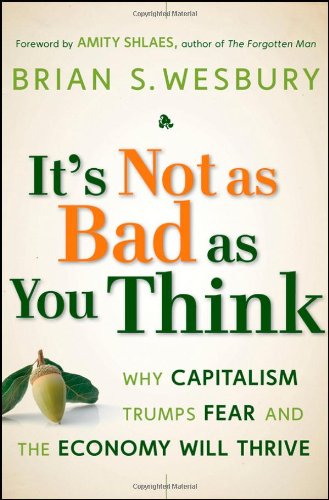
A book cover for It's Not as Bad as You Think: Why Capitalism Trumps Fear and the Economy Will Thrive; Brian S. Wesbury; Business & Money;